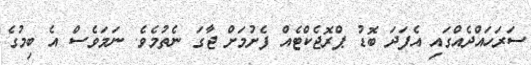
ސަރަހައްދެއްގައި އެފަދަ ބޮޑު ޕްރޮޖެކްޓެއް ފެށުމަށް ޖާގަ ނެތުމެވެ. ނަމަވެސް އެ ބިމުގެ